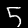
Label: 5